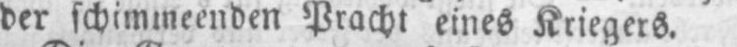
der schimmeenden Pracht eines Kriegers.